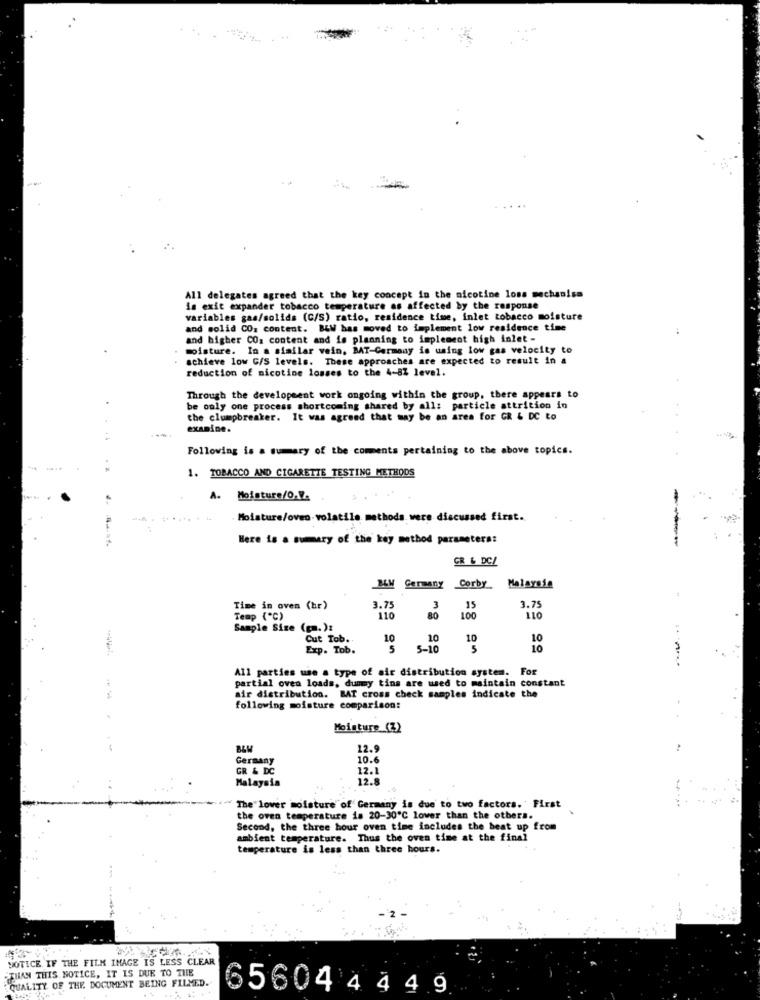
All delegates agreed that the key concept in the nicotine lons mechanisa
is exit expander tobacco temperature as affected by the response
variables gas/solids (C/S) ratio, residence time, inlet tobacco moisture
and solid CO: content. BLW has moved to implement low residence time
-.
and higher CO: content and is planning to implement high inlet -
moisture. In a similar vein, BAT-Germany is using low gas velocity to
achieve low G/S levels. These approaches are expected to result in a
reduction of nicotine losses to the 4-81 level.
Through the development work ongoing within the group, there appears to
be only one process shortcoming shared by all: particle attrition in
the clumpbreaker. It was agreed that may be an area for GR & DC to
examine.
Following is a sumary of the comments pertaining to the above topics.
. .
1. TOBACCO AND CIGARETTE TESTING METHODS
A. Moisture/0.V.
Moisture/oven . volatile. methods. were discussed first.
Here is a summary of the key method parameters:
GR & DC/
Germany
Corby
Time in oven (hr)
3.7
3
35
3.75
Temp (℃)
110
80
110
Sample Size (gm. ):
Cut Tob.
10
10
10
10
Exp. Tob.
5
5-10
5
10
All parties use a type of air distribution system. For
partial oven loads, dummy tins are used to maintain constant
air distribution. BAT cross check samples indicate the
following moisture comparison:
Moisture (%)
B&W
12.9
Germany
10.
GR & DC
12.
Malaysia
12.8
"The lover moisture of Germany is due to two factors. First
the oven temperature is 20-30"℃ lower than the others.
Second, the three hour oven time includes the beat up from
ambient temperature. Thus the oven time at the final
temperature is less than three hours.
NOTICE. IF THE FILM IMAGE IS LESS CLEAR
THAN THIS NOTICE, IT IS DUE TO THE
QUALITY OF THE DOCUMENT BEING FILMED.
656044 44 9